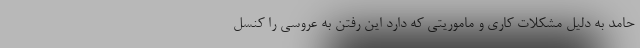
حامد به دلیل مشکلات کاری و ماموریتی که دارد این رفتن به عروسی را کنسل